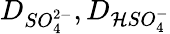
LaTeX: D_{SO_{4}^{2-}},D_{\mathcal{H}SO_{4}^{-}}